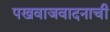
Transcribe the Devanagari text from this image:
पखवाजवादनाची